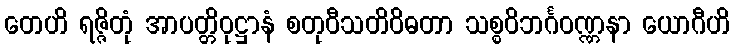
တေဟိ ရဇ္ဇိတုံ အာပတ္တိဝုဋ္ဌာနံ စတုဝီသတိဝိဓတာ သစ္စဝိဘင်္ဂဝဏ္ဏနာ ယောဂီဟိ